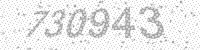
Solution: 730943